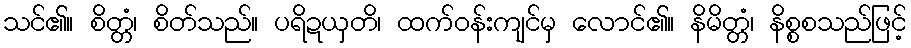
သင်၏။ စိတ္တံ၊ စိတ်သည်။ ပရိဍယှတိ၊ ထက်ဝန်းကျင်မှ လောင်၏။ နိမိတ္တံ၊ နိစ္စစသည်ဖြင့်